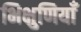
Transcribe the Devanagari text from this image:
भिक्षुणियाँ